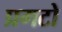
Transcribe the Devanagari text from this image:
प्रगटो